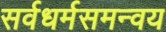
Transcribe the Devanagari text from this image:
सर्वधर्मसमन्वय